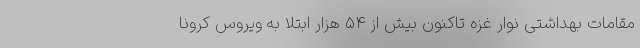
مقامات بهداشتی نوار غزه تاکنون بیش از ۵۴ هزار ابتلا به ویروس کرونا